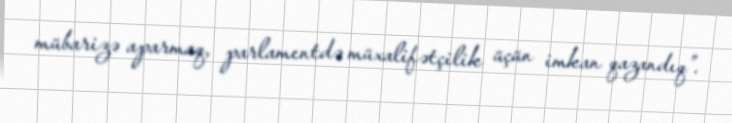
mübarizə aparmaq, parlamentdə müxalifətçilik üçün imkan qazandıq”.